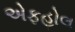
એફહોલ